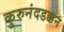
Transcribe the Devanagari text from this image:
कुरुनंदडक्कन